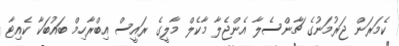
ކެމަރަން ޖަރުމަނުގެ ޗާންސެލާ އެންޖެލާ މާކެލް މާލީގެ ރައީސް އިބްރާހިމް ބައުބަކާ ކެއިޓާ